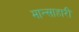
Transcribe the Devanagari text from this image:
मान्साहारी